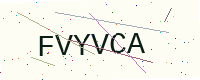
Text: FVYVCA